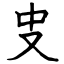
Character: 㕜